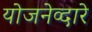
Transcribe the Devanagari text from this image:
योजनेव्दारे